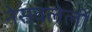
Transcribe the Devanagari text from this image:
नेसवलेली